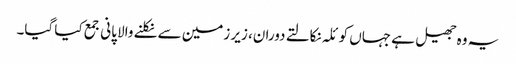
یہ وہ جھیل ہے جہاں کوئلہ نکالتے دوران، زیر زمین سے نکلنے والا پانی جمع کیا گیا۔